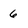
Character: 6